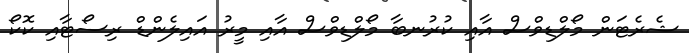
ޝެރެޓަން މޯލްޑިވްސް އާއި ކުރުނބާ މޯލްޑިވްސް އާއި މީރު އައިލެންޑް ރިސޯޓާއި ކޮކޯ